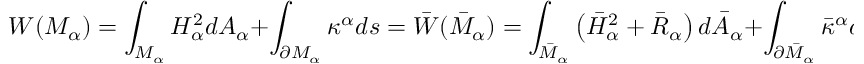
{ \cal W } ( M _ { \alpha } ) = \int _ { M _ { \alpha } } H _ { \alpha } ^ { 2 } d A _ { \alpha } + \int _ { \partial M _ { \alpha } } \kappa ^ { \alpha } d s = \bar { \cal W } ( \bar { M } _ { \alpha } ) = \int _ { \bar { M } _ { \alpha } } \left( \bar { H } _ { \alpha } ^ { 2 } + \bar { R } _ { \alpha } \right) d \bar { A } _ { \alpha } + \int _ { \partial \bar { M } _ { \alpha } } \bar { \kappa } ^ { \alpha } d \bar { s } ,